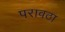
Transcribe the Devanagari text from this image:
परावठा